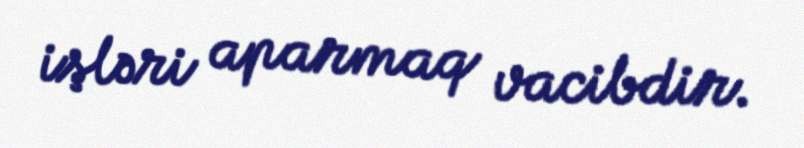
işləri aparmaq vacibdir.